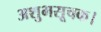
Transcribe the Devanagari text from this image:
अशुभसूचक।